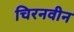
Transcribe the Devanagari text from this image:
चिरनवीन